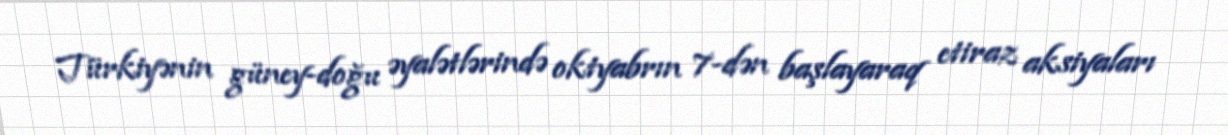
Türkiyənin güney-doğu əyalətlərində oktyabrın 7-dən başlayaraq etiraz aksiyaları